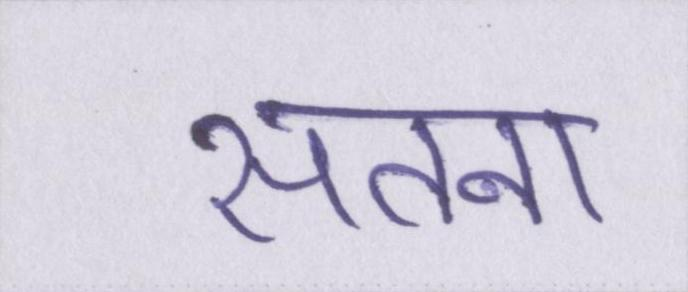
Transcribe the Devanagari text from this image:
सतना